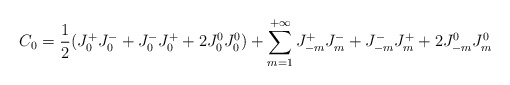
\begin{align*}C_0 = \frac{1}{2} (J^+_0J^-_0 + J^-_0J^+_0 + 2 J^0_0 J^0_0) +\sum_{m=1}^{+\infty} J^+_{-m}J^-_m + J^-_{-m}J^+_m +2 J^0_{-m} J^0_m\end{align*}